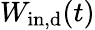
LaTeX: W_{\mathrm{in,d}}(t)